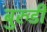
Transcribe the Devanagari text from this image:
बुरुडी